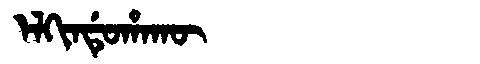
Manchu: ᡝᠯᡴᡳᠨᡩᡠᡥᠠᡴᡡ
Romanization: ELKINDUHAKŪ